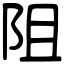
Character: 阻